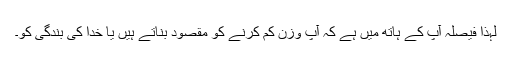
لہٰذا فیصلہ آپ کے ہاتھ میں ہے کہ آپ وزن کم کرنے کو مقصود بناتے ہیں یا خدا کی بندگی کو۔